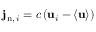
\mathbf { j } _ { \mathrm { { n } } , \, i } = c \left( \mathbf { u } _ { i } - \langle \mathbf { u } \rangle \right)